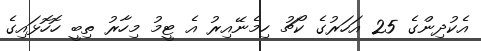
އެކުދިންގެ 25 އަހަރުގެ ކޯޗު ހިމެނޭއިރު އެ ޓީމު މިހާރު ތިބީ ހޮހޮޅައިގެ